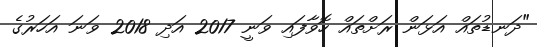
"ދަނޑުތައް އަޅަން ރަށްތައް ހޮވާފައި ވަނީ 2017 އަދި 2018 ވަނަ އަހަރުގެ